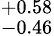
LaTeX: ^{+0.58}_{-0.46}